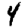
Digit: 4